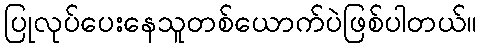
ပြုလုပ်ပေးနေသူတစ်ယောက်ပဲဖြစ်ပါတယ်။